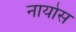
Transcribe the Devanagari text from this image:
नायोस